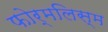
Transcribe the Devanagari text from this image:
फोर्मलिस्म